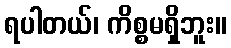
ရပါတယ်၊ ကိစ္စမရှိဘူး။